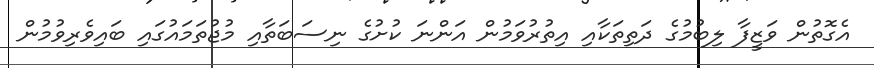
އެގޮތުން ވަޒީފާ ލިބުމުގެ ދަތިތަކާއި އިތުރުވަމުން އަންނަ ކުށުގެ ނިސަބަތާއި މުޖުތަމައުގައި ބައިވެރިވުމުން